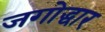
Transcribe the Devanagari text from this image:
जगोद्धार